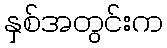
နှစ်အတွင်းက